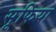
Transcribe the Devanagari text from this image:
सूफिया